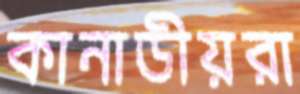
কানাডীয়রা